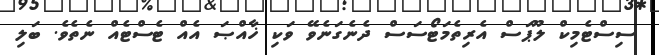
ސިސްޓެމިކް ލޫޕަސް އެރިތެމަޓޯސަސް ދެނެގަނެވޭ ވަކި ޚާއްޞަ އެއް ޓެސްޓެއް ނެތެވެ. ބަލި